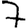
Digit: 7